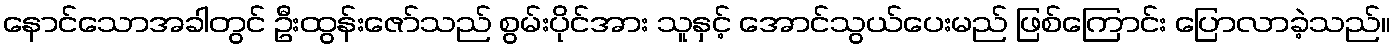
နောင်သောအခါတွင် ဦးထွန်းဇော်သည် စွမ်းပိုင်အား သူနှင့် အောင်သွယ်ပေးမည် ဖြစ်ကြောင်း ပြောလာခဲ့သည်။